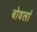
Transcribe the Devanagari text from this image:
बोवलां